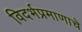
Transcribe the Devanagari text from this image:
विदर्भप्रमाणाचे